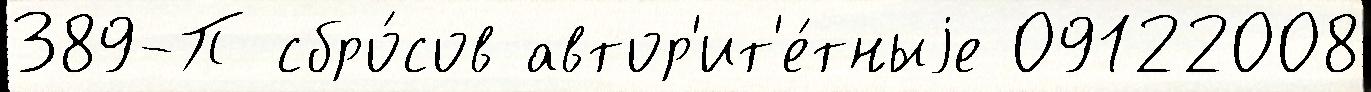
389-П сбро́сов автор'ит'е́тныjе 09122008